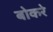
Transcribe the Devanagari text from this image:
बोकरे